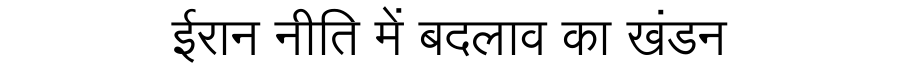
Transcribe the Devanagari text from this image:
ईरान नीति में बदलाव का खंडन